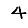
Digit: 4